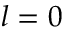
l = 0